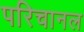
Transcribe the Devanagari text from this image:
परिचानल